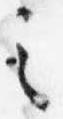
之